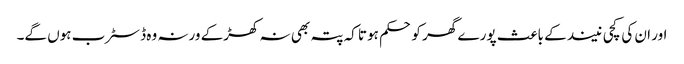
اور ان کی کچی نیند کے باعث پورے گھر کو حکم ہوتا کہ پتہ بھی نہ کھڑکے ورنہ وہ ڈسٹرب ہوں گے۔